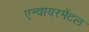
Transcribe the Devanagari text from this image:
एन्वायरमेंटल